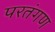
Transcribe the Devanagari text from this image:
परतंगण